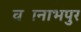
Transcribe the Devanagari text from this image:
वज्रनाभपुर